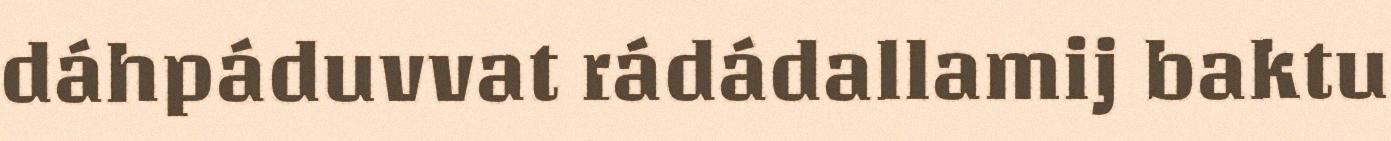
dáhpáduvvat rádádallamij baktu